Vaccination in Bombay 1913-1923 - 1913-1923
Year: 1913
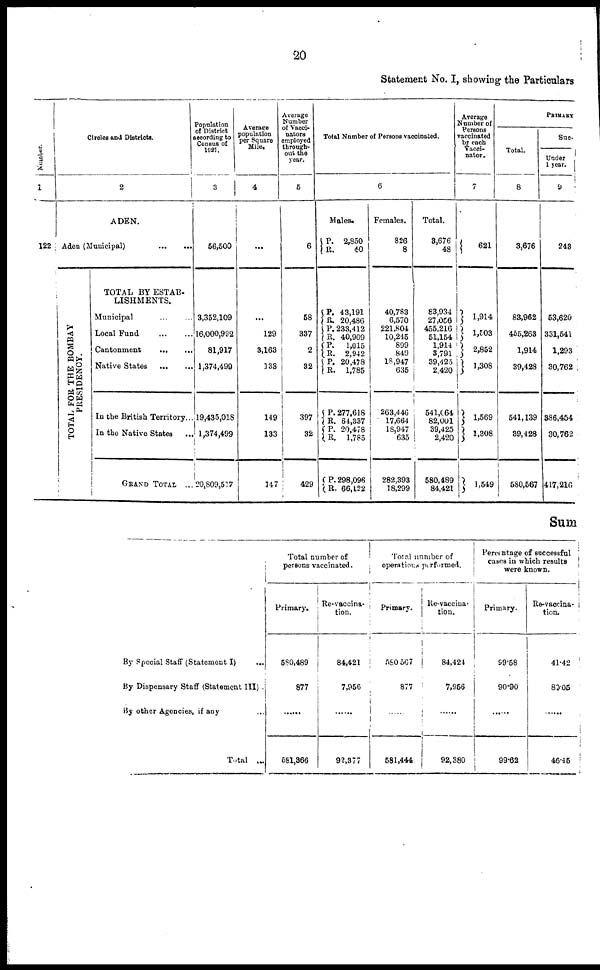
20
Statement No. I, showing the Particulars
Number.
1
122
Circles and Districts.
2
ADEN.
Aden (Municipal)
...
...
TOTAL FOR THE BOMBAY
PRESIDENCY.
TOTAL BY ESTAB¬
LISHMENTS.
Municipal ... ...
Local Fund
...
...
Cantonment
...
...
Native States
...
...
In the British Territory...
In the Native States ...
GRAND TOTAL ...
Population
of District
according to
Census of
1921.
3
56,500
3,352,109
16,000,982
81,917
1,374,499
19,435,018
1,374,499
20,809,517
Average
population
per Square
Mile.
4
...
...
129
3,163
133
149
133
147
Average
Number
of Vacci¬
nators
employed
through-
out the
year.
5
6
58
337
2
32
397
32
429
Total Number of Persons vaccinated.
6
Males.
P.
R.
2,850
40
P.
R. P.
R. P.
R.
P.
R.
P.
R. P. R.
P.
R.
43,191
20,486
233,412
40,909
1,015
2,942
20,478
1,785
277,618
64,337
20,478
1,785
298,096
66,122
Females.
826
8
40,783
6,570
221,804
10,245
899
849
18,947
635
263,446
17,664
18,947
635
282,393
18,299
Total.
3,676
48
83,934
27,056
455,216
51,154
1,914
3,791
39,425
2,420
541,064
82,001
39,425
2,420
580,489
84,421
Average
Number of
Persons
vaccinated
by each
Vacci¬
nator.
7
621
1,914
1,503
2,852
1,308
1,569
1,308
1,549
PRIMARY
Total.
8
3,676
83,962
455,263
1,914
39,428
541,139
39,428
580,567
Sue.
Under
1 year.
9
243
53,620
331,541
1,293
30,762
386,454
30,762
417,216
Sum
By Special Staff (Statement I) ...
By Dispensary Staff (Statement III) .
By other Agencies, if any ... ...
Total ...
Total number of
persons vaccinated.
Primary.
580,489
877
......
581,366
Re-vaccina-
tion.
84,421
7,956
......
92,377
Total number of
operations performed.
Primary.
580,567
877
......
581,444
Re-vaccina¬
tion.
84,424
7,956
......
92,380
Percentage of successful
cases in which results
were known.
Primary.
99.58
90.90
......
99.62
Re-vaccina¬
tion.
41.42
80.05
......
46.45